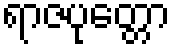
ရာဇပုတ္တော